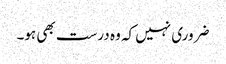
ضروری نہیں کہ وہ درست بھی ہو۔